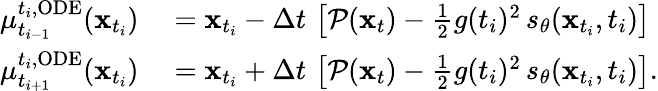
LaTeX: \begin{array}{rl}{\mu_{t_{i-1}}^{t_{i},\mathrm{ODE}}(\mathbf{x}_{t_{i}})}&{{}=\mathbf{x}_{t_{i}}-\Delta t\, \left[\mathcal{P}(\mathbf{x}_{t})-\frac{1}{2}g(t_{i})^{2}\, s_{\theta}(\mathbf{x}_{t_{i}},t_{i})\right]}\\ {\mu_{t_{i+1}}^{t_{i},\mathrm{ODE}}(\mathbf{x}_{t_{i}})}&{{}=\mathbf{x}_{t_{i}}+\Delta t\, \left[\mathcal{P}(\mathbf{x}_{t})-\frac{1}{2}g(t_{i})^{2}\, s_{\theta}(\mathbf{x}_{t_{i}},t_{i})\right].}\end{array}